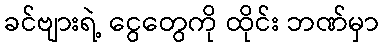
ခင်ဗျားရဲ့ ငွေတွေကို ထိုင်း ဘဏ်မှာ